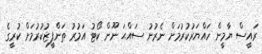
ރައީސް ޔާމީން ހައްޔަރުކުރުމަށް ނެރުނު ސައްޙަ ނޫން ކޯޓު އަމުރު ތަންފީޒުކުރުމަށް ކުރީގެ